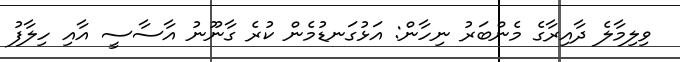
ވިލިމާލެ ދާއިރާގެ މެންބަރު ނިހާން: އަޅުގަނޑުމެން ކުރެ ގާނޫނު އާސާސީ އާއި ހިލާފު